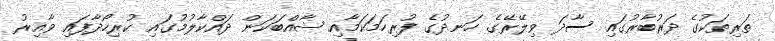
ތަރިތަކުގެ ދަރުބާރުގައި ސާދަ ވިލޭރޭގެ ހަނދުގެ ފުރިހަމަކަމާއި ޝާއްބަކަން ދައްކާލުމުގައި ކުރިހޯދާފައި ވާއިރު